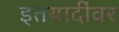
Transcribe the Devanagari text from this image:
इतयादींवर